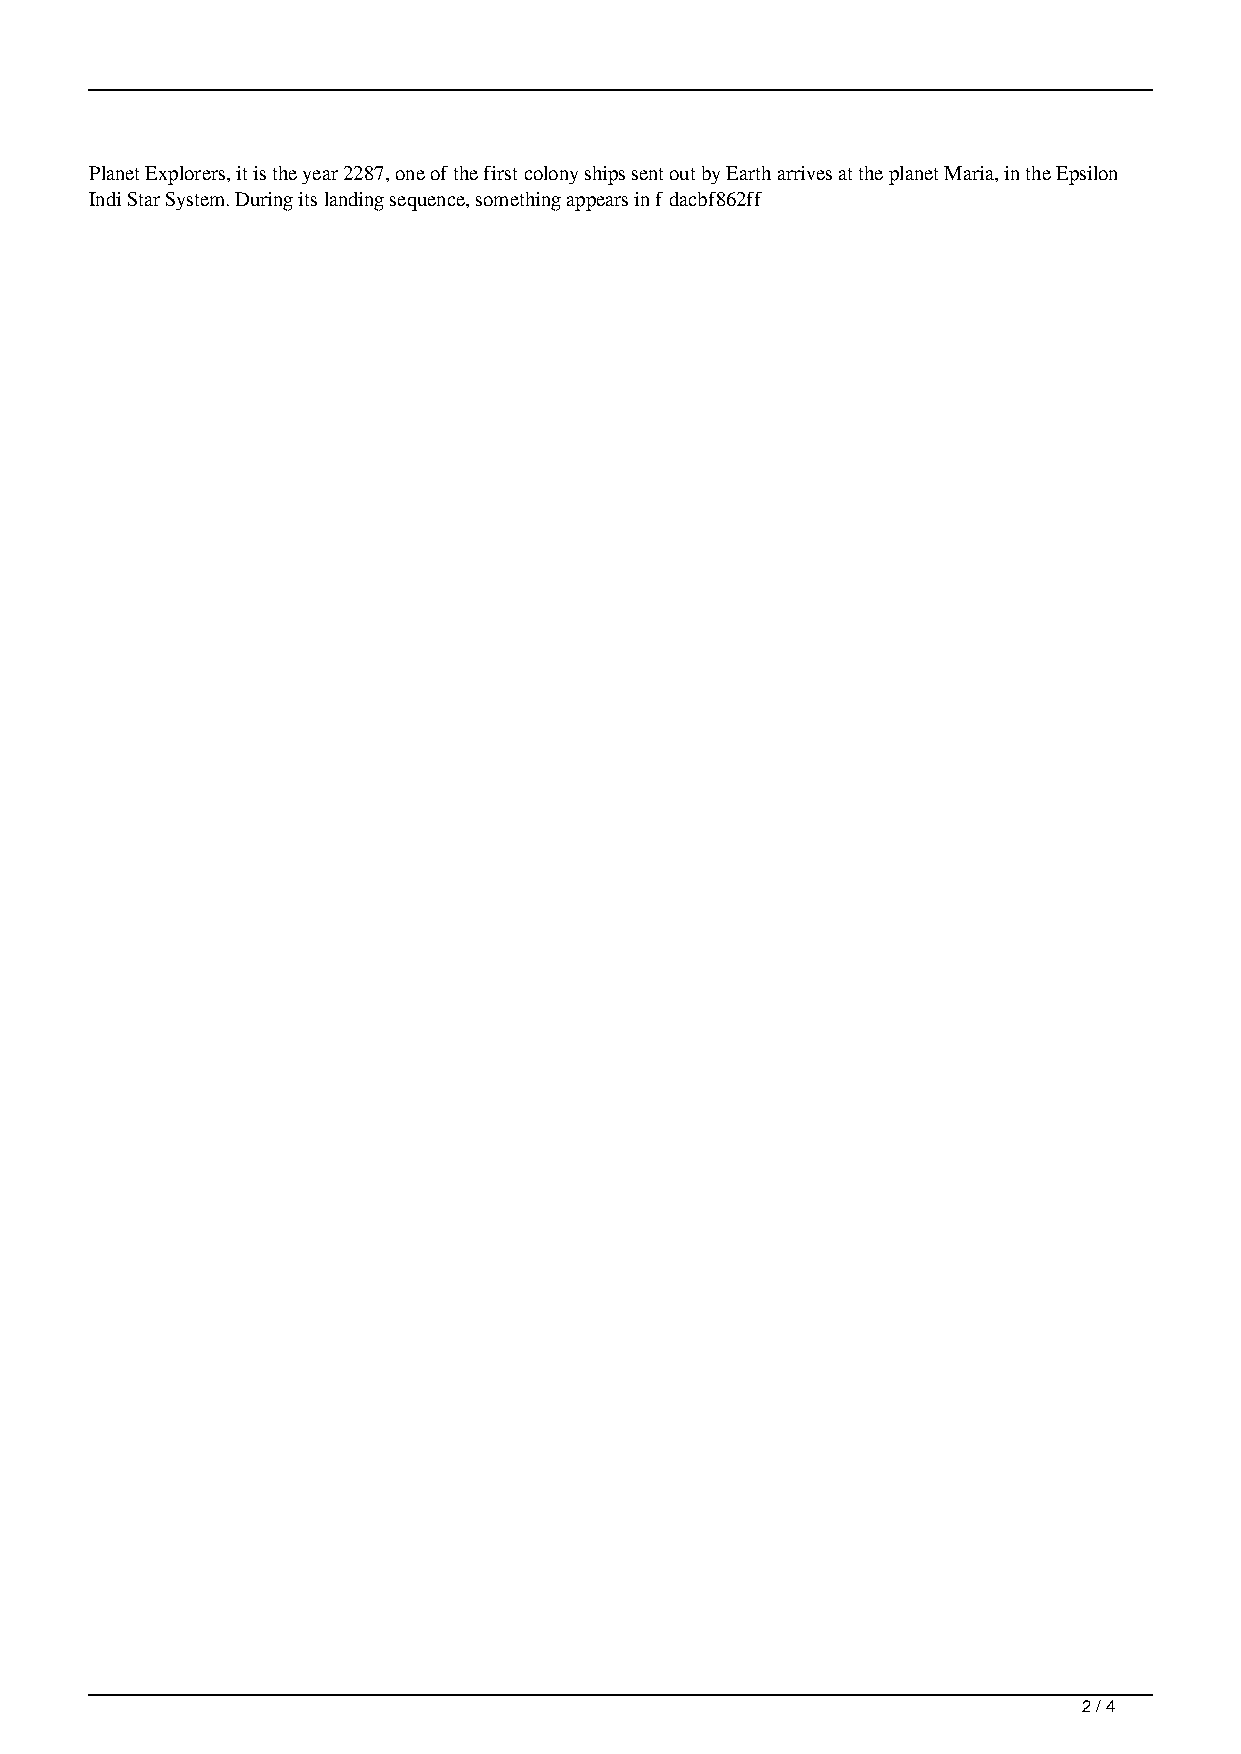
Planet Explorers, it is the year 2287, one of the first colony ships sent out by Earth arrives at the planet Maria, in the Epsilon
 Indi Star System. During its landing sequence, something appears in f dacbf862ff
 2 / 4